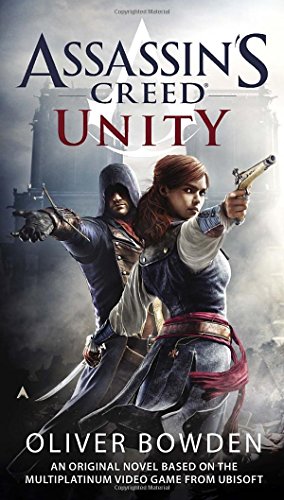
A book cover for Assassin's Creed: Unity; Oliver Bowden; Mystery, Thriller & Suspense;